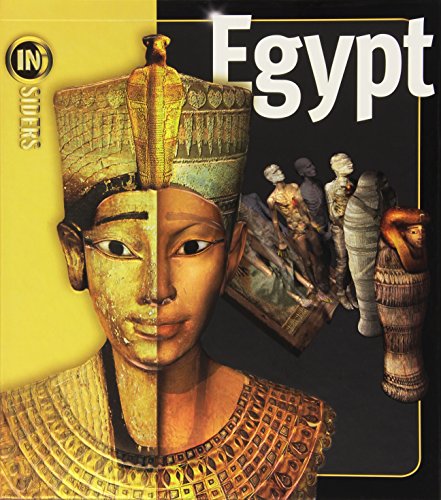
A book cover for Egypt (Insiders); Joyce Tyldesley; Children's Books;